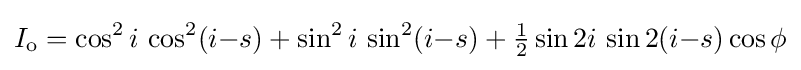
I_{\text{o}}=\cos ^{2}i\,\cos ^{2}(i{-}s)+\sin ^{2}i\,\sin ^{2}(i{-}s)+{\tfrac {1}{2}}\sin 2i\,\sin 2(i{-}s)\cos \phi